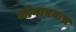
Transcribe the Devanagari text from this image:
भोगावयास